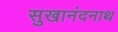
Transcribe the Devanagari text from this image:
सुखानंदनाथ